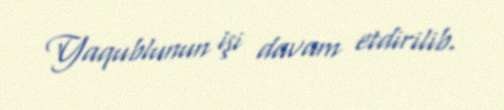
Yaqublunun işi davam etdirilib.